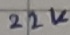
Text: 22K